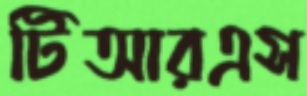
টিআরএস